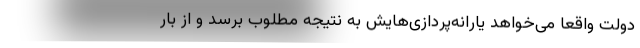
دولت واقعا می‌خواهد یارانه‌پردازی‌هایش به نتیجه مطلوب برسد و از بار